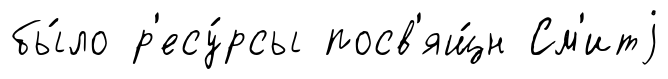
бы́ло р'есу́рсы посв'ящ́н См'итj